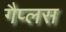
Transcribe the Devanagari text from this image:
गैप्लस